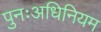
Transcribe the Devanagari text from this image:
पुनःअधिनियम